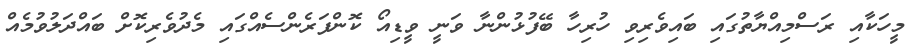
މީހަކާއި ރަސްމިއްޔާތުގައި ބައިވެރިވި ހުރިހާ ބޭފުޅުންނާ ވަނީ ވީޑިއޯ ކޮންފަރެންސެއްގައި މެދުވެރިކޮށް ބައްދަލުވުމެއް